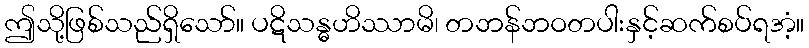
ဤသို့ဖြစ်သည်ရှိသော်။ ပဋိသန္ဓဟိဿာမိ၊ တဘန်ဘဝတပါးနှင့်ဆက်စပ်ရအံ့။